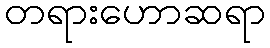
တရားဟောဆရာ